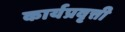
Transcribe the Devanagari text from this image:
कार्यप्रवृत्ती